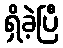
ရှိခဲ့ပြီ